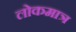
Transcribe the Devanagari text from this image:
लोकमात्र